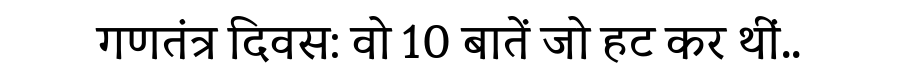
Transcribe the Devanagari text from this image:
गणतंत्र दिवस: वो 10 बातें जो हट कर थीं..